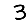
Digit: 3